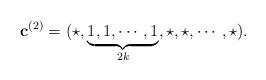
LaTeX: \begin{align*}\mathbf{c}^{(2)}=(\star,\underbrace{1,1,\cdots,1}_{2k},\star,\star,\cdots,\star).\end{align*}